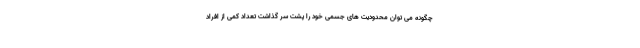
چگونه می توان محدودیت های جسمی خود را پشت سر گذاشت تعداد کمی از افراد